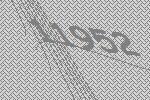
11952